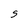
Character: S